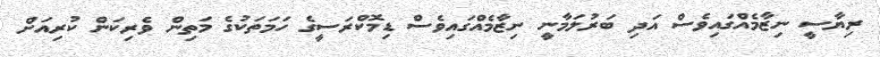
ރިޔާސީ ނިޒާމެއްގައިވެސް އަދި ބަރުލަމާނީ ނިޒާމެއްގައިވެސް ޑިމޮކްރަސީގެ ހަމަތަކުގެ މަތިން ވެރިކަން ކުރިއަށް